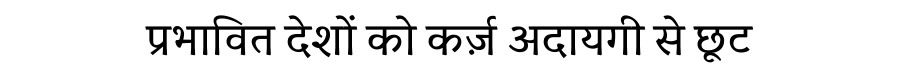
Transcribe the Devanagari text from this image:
प्रभावित देशों को कर्ज़ अदायगी से छूट